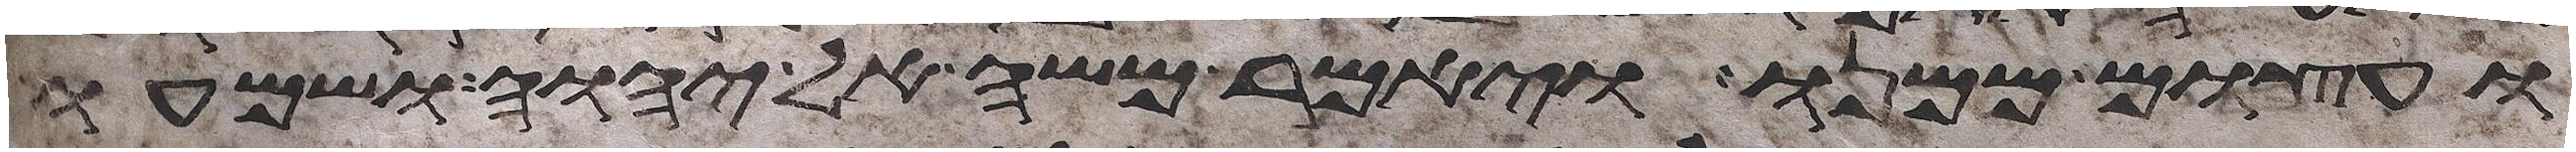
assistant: ועצום ממנו ויאמר משה אל יהוה ושמעו